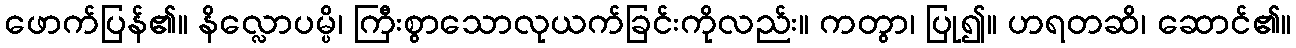
ဖောက်ပြန်၏။ နိလ္လောပမ္ပိ၊ ကြီးစွာသောလုယက်ခြင်းကိုလည်း။ ကတွာ၊ ပြု၍။ ဟရတဆိ၊ ဆောင်၏။